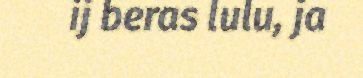
ij beras lulu, ja